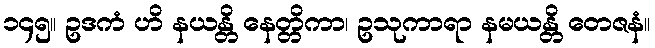
၁၄၅။ ဥဒကံ ဟိ နယန္တိ နေတ္တိကာ၊ ဥသုကာရာ နမယန္တိ တေဇနံ။